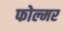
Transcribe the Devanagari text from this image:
फोल्मर